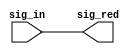
// This program was cloned from: https://github.com/chipsalliance/aib-phy-hardware
// License: Apache License 2.0

// SPDX-License-Identifier: Apache-2.0
// Copyright (C) 2019 Intel Corporation. 
// ==========================================================================
//
//  CELL: aib_aliasd
//
//  Description: Directional alias device
//
//------------------------------------------
 module aib_aliasd( sig_in, sig_red );

    output   sig_red;
    input    sig_in;

    assign sig_red = sig_in;

 endmodule